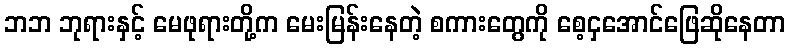
ဘဘ ဘုရားနှင့် မေဖုရားတို့က မေးမြန်းနေတဲ့ စကားတွေကို စေ့ငှအောင်ဖြေဆိုနေတာ